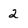
Character: 2